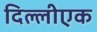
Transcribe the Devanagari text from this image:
दिल्लीएक